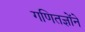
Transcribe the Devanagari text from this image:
गणितज्ञोंने